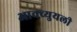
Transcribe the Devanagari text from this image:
आक्च्युयली